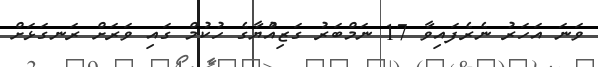
ވަނަ އަހަރު ނެރެފައިވާ 17 ނަމްބަރު ގަޒިއްުޔާގެ ހުކުމް ގައި ވަރަށް ރަނގަޅަށް